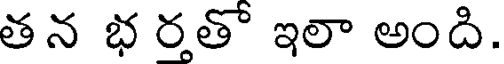
తన భ ర్తతో ఇలా అంది.